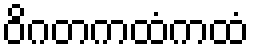
ဝိဂတကထံကထံ